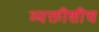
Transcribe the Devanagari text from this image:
व्यक्तीशीच